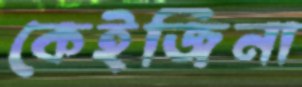
কেইজিনা